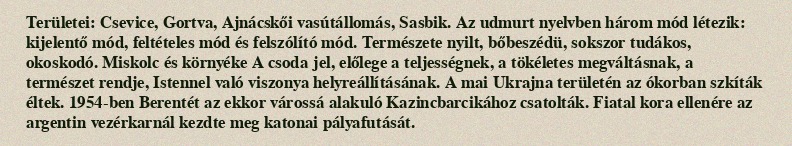
Területei: Csevice, Gortva, Ajnácskői vasútállomás, Sasbik. Az udmurt nyelvben három mód létezik: kijelentő mód, feltételes mód és felszólító mód. Természete nyilt, bőbeszédü, sokszor tudákos, okoskodó. Miskolc és környéke A csoda jel, előlege a teljességnek, a tökéletes megváltásnak, a természet rendje, Istennel való viszonya helyreállításának. A mai Ukrajna területén az ókorban szkíták éltek. 1954-ben Berentét az ekkor várossá alakuló Kazincbarcikához csatolták. Fiatal kora ellenére az argentin vezérkarnál kezdte meg katonai pályafutását.